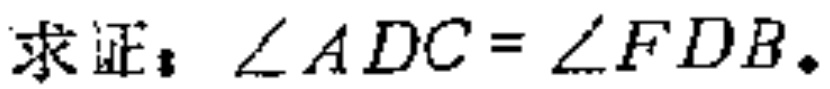
求证：\(\angle ADC = \angle FDB\)。